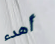
أهدء